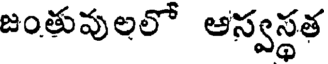
జంతువులలో అస్వస్థత